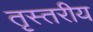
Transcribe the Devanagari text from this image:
तृस्तरीय